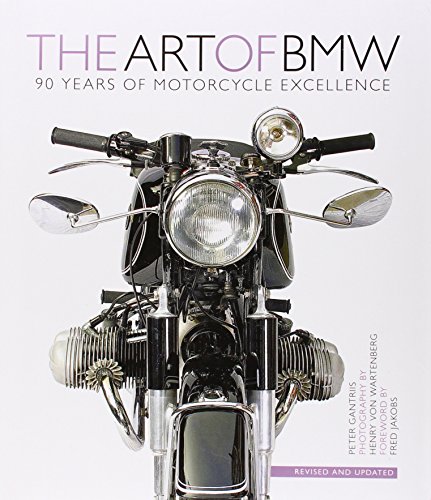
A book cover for The Art of BMW: 90 Years of Motorcycle Excellence; Peter Gantriis; Engineering & Transportation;